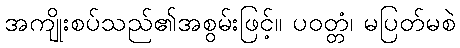
အကျိုးစပ်သည်၏အစွမ်းဖြင့်။ ပဝတ္တံ၊ မပြတ်မစဲ